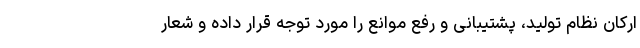
ارکان نظام تولید، پشتیبانی و رفع موانع را مورد توجه قرار داده و شعار